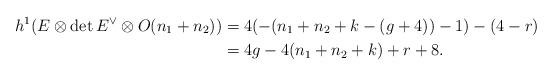
LaTeX: \begin{align*} h^{1}(E\otimes {\det E}^\vee \otimes O(n_1 + n_2)) &= 4(-(n_1 + n_2 + k -(g+4))-1) - (4-r) \\ &= 4g - 4(n_1+n_2+k) + r + 8. \end{align*}